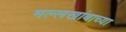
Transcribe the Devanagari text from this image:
मल्लखांबाच्या